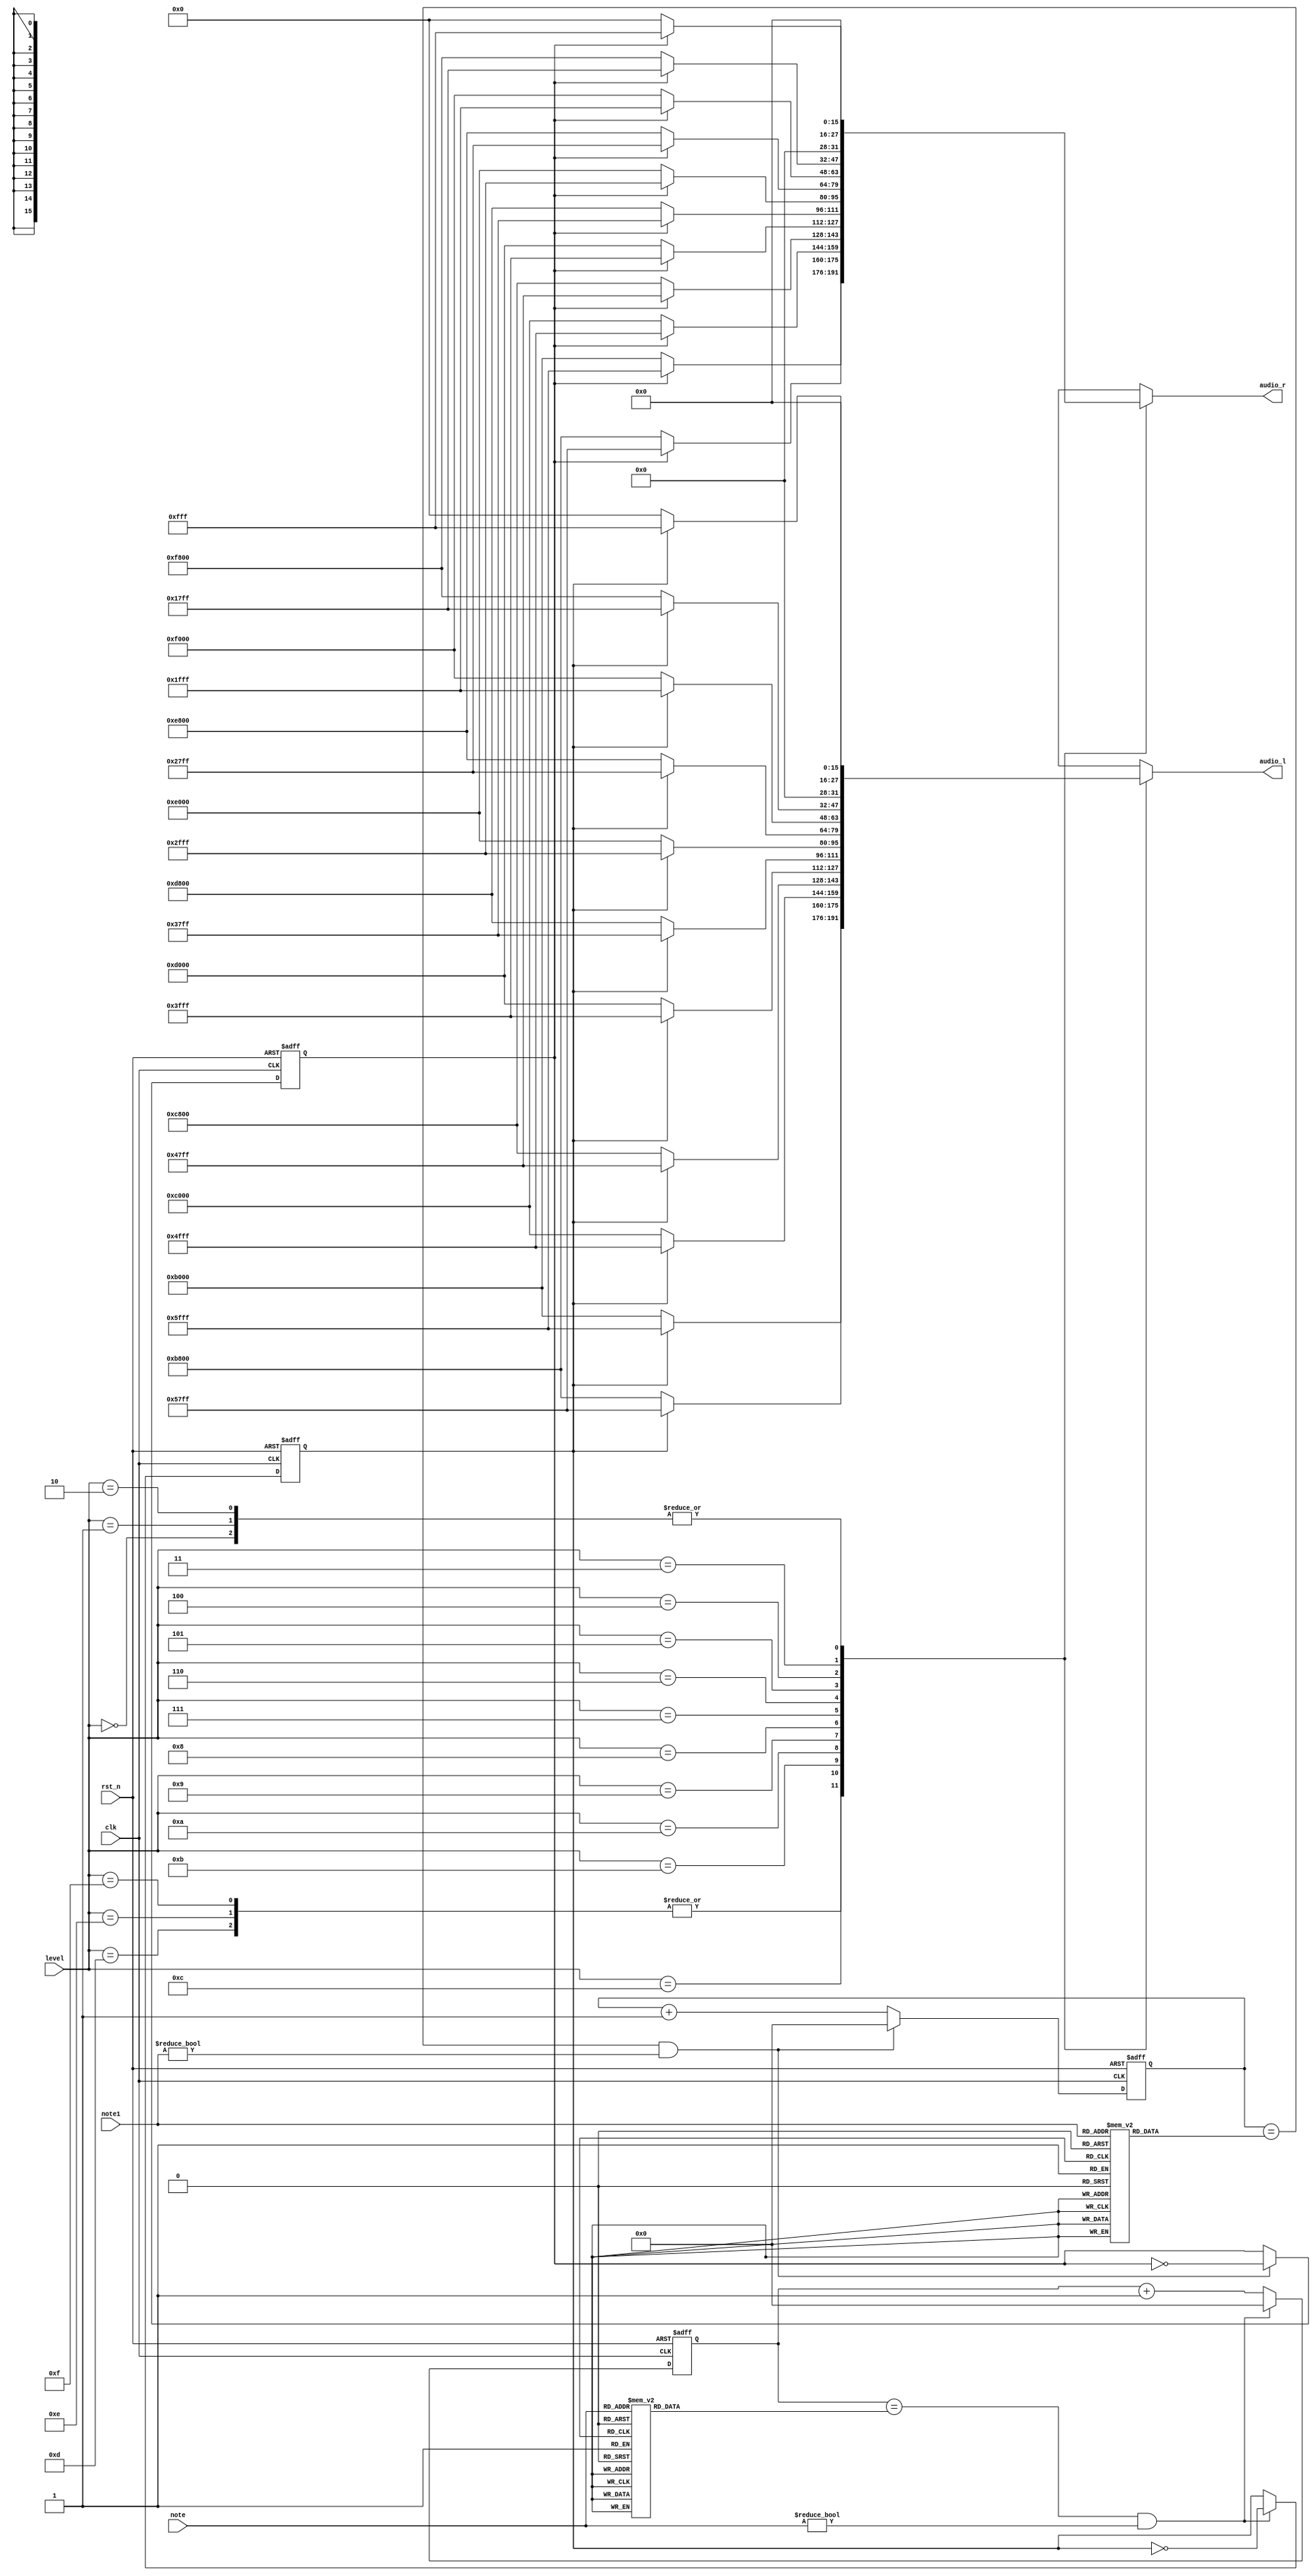
`timescale 1ns / 1ps
//////////////////////////////////////////////////////////////////////////////////
// Company: 
// Engineer: 
// 
// Design Name: 
// Module Name: note
// Project Name: 
// Target Devices: 
// Tool Versions: 
// Description: 
// 
// Dependencies: 
// 
// Revision:
// Revision 0.01 - File Created
// Additional Comments:
// 
//////////////////////////////////////////////////////////////////////////////////
`define c 4'd1
`define d 4'd2
`define e 4'd3
`define f 4'd4
`define g 4'd5
`define a 4'd6
`define b 4'd7
`define C 4'd8
`define D 4'd9
`define E 4'd10
`define F 4'd11
`define G 4'd12
`define A 4'd13
`define B 4'd14

module note(
     output reg [15:0] audio_l,
     output reg [15:0] audio_r,
     input [3:0] note,
     input [3:0] note1,
     
     input [3:0] level,
     input clk,
     input rst_n
    );
    
    reg b_clk, next_b_clk;
    reg b_clk1,next_b_clk1;
    reg [18:0] cnt,next_cnt;
    reg [18:0] cnt1,next_cnt1;
    reg [18:0] limit,limit1;
    
    always@(posedge clk or negedge rst_n)
    begin
        if(rst_n ==1'b0)
        begin
            b_clk <=  1'b0;
            cnt <= 19'd0;
            b_clk1 <=  1'b0;
            cnt1 <= 19'd0;
        end    
        else 
        begin
            b_clk <= next_b_clk;
            cnt <= next_cnt;
            b_clk1 <= next_b_clk1;
            cnt1 <= next_cnt1;
        end       
    end
    
    always@*
    begin
        if(cnt == limit && note !=4'b0 )
        begin
            next_cnt = 19'd0;
            next_b_clk = ~b_clk;
        end
        else
        begin
            next_cnt = cnt + 18'd1;
            next_b_clk = b_clk;
        end
     
       if(cnt1 == limit1 && note1 !=4'b0 )
       begin
            next_cnt1 = 19'd0;
            next_b_clk1 = ~b_clk1;
       end
       else
       begin
           next_cnt1 = cnt1 + 19'd1;
           next_b_clk1 = b_clk1;
       end  
       
    case(level)
          4'd15, 4'd14, 4'd13:
          begin
              audio_l = (b_clk == 1'b0) ? 16'hB000 : 16'h5FFF;
              audio_r = (b_clk1 == 1'b0) ? 16'hB000 : 16'h5FFF;
          end
          4'd12:
          begin
              audio_l = (b_clk == 1'b0) ? 16'hB800 : 16'h57FF;
              audio_r = (b_clk1 == 1'b0) ? 16'hB800 : 16'h57FF;
          end
          4'd11:
          begin
              audio_l = (b_clk == 1'b0) ? 16'hC000 : 16'h4FFF;
              audio_r = (b_clk1 == 1'b0) ? 16'hC000 : 16'h4FFF;
          end
          4'd10:
          begin
              audio_l = (b_clk == 1'b0) ? 16'hC800 : 16'h47FF;
              audio_r = (b_clk1 == 1'b0) ? 16'hC800 : 16'h47FF;
          end
          4'd9:
          begin
              audio_l = (b_clk == 1'b0) ? 16'hD000 : 16'h3FFF;
              audio_r = (b_clk1 == 1'b0) ? 16'hD000 : 16'h3FFF;
          end
          4'd8:
          begin
              audio_l = (b_clk == 1'b0) ? 16'hD800 : 16'h37FF;
              audio_r = (b_clk1 == 1'b0) ? 16'hD800 : 16'h37FF;
          end
          4'd7:
          begin
              audio_l = (b_clk == 1'b0) ? 16'hE000 : 16'h2FFF;
              audio_r = (b_clk1 == 1'b0) ? 16'hE000 : 16'h2FFF;
          end
          4'd6:
          begin
              audio_l = (b_clk == 1'b0) ? 16'hE800 : 16'h27FF;
              audio_r = (b_clk1 == 1'b0) ? 16'hE800 : 16'h27FF;
          end
          4'd5:
          begin
              audio_l = (b_clk == 1'b0) ? 16'hF000 : 16'h1FFF;
              audio_r = (b_clk1 == 1'b0) ? 16'hF000 : 16'h1FFF;
          end
          4'd4:
          begin
              audio_l = (b_clk == 1'b0) ? 16'hF800 : 16'h17FF;
              audio_r = (b_clk1 == 1'b0) ? 16'hF800 : 16'h17FF;
          end
          4'd3:
          begin
              audio_l = (b_clk == 1'b0) ? 16'h0000 : 16'h0FFF;
              audio_r = (b_clk1 == 1'b0) ? 16'h0000 : 16'h0FFF;
          end
          4'd2, 4'd1, 4'd0:
          begin
              audio_l = (b_clk == 1'b0) ? 16'h0000 : 16'h0000;
              audio_r = (b_clk1 == 1'b0) ? 16'h0000 : 16'h0000;
          end                                                      
      endcase 
            
      case(note)
          `c: limit = 19'd191110; 
          `d: limit = 19'd170264; 
          `e: limit = 19'd151685;
          `f: limit = 19'd143172;
          `g: limit = 19'd127551;
          `a: limit = 19'd113636;
          `b: limit = 19'd101239;
          `C: limit = 19'd95602;
          `D: limit = 19'd85131;
          `E: limit = 19'd75873;
          `F: limit = 19'd71586;
          `G: limit = 19'd63776;
          `A: limit = 19'd56818;
          `B: limit = 19'd50619;
          default: limit = 19'd191110;
      endcase
      
       case(note1)
           `c: limit1 = 19'd191110; 
           `d: limit1 = 19'd170264; 
           `e: limit1 = 19'd151685;
           `f: limit1 = 19'd143172;
           `g: limit1 = 19'd127551;
           `a: limit1 = 19'd113636;
           `b: limit1 = 19'd101239;
           `C: limit1 = 19'd95602;
           `D: limit1 = 19'd85131;
           `E: limit1 = 19'd75873;
           `F: limit1 = 19'd71586;
           `G: limit1 = 19'd63776;
           `A: limit1 = 19'd56818;
           `B: limit1 = 19'd50619;
        default: limit1 = 19'd191110;
       endcase
    end
    
    
        
    
endmodule